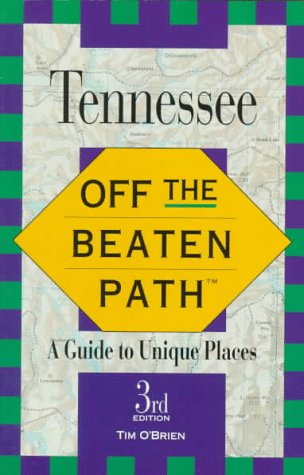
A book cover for Off the Beaten Path Tennessee; Tim O'Brien; Travel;